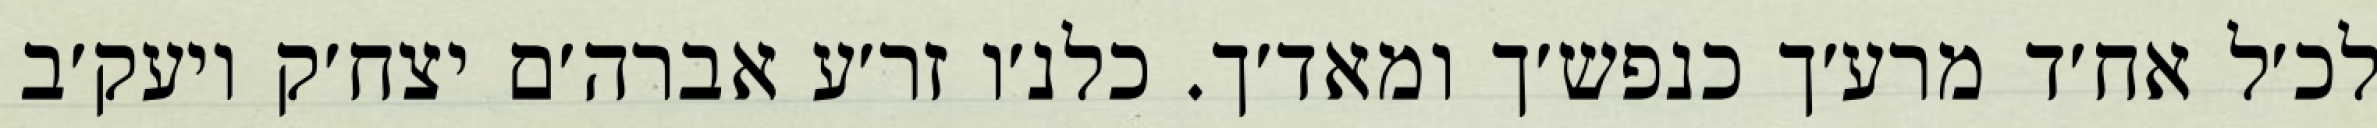
לכ׳ל אח׳ד מרע׳ך כנפש׳ך ומאד׳ך. כלנ׳ו זר׳ע אברה׳ם יצח׳ק ויעק׳ב